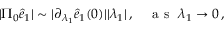
\begin{array} { r } { \vert \Pi _ { 0 } \hat { e } _ { 1 } \vert \sim \vert \partial _ { \lambda _ { 1 } } \hat { e } _ { 1 } ( 0 ) \vert \vert \lambda _ { 1 } \vert \, , ~ ~ ~ \mathrm { ~ a ~ s ~ } ~ \lambda _ { 1 } \rightarrow 0 \, , } \end{array}